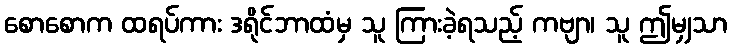
စောစောက ထရပ်ကား ဒရိုင်ဘာထံမှ သူ ကြားခဲ့ရသည့် ကဗျာ၊ သူ ဤမျှသာ